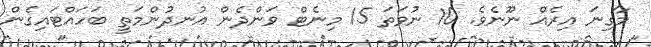
މާގިނަ އިރެއް ނޫނެވެ. 10 ނުވަތަ 15 މިނެޓް ވަންދެން އުނދުންމަތީ ބަހައްޓައިގެން